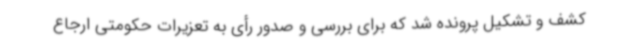
کشف و تشکیل پرونده شد که برای بررسی و صدور رأی به تعزیرات حکومتی ارجاع